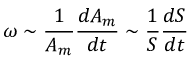
\omega \sim \frac { 1 } { A _ { m } } \frac { d A _ { m } } { d t } \sim \frac { 1 } { S } \frac { d S } { d t }